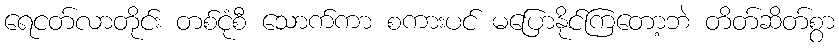
ရေငတ်လာတိုင်း တစ်ငုံစီ သောက်ကာ စကားပင် မပြောနိုင်ကြတော့ဘဲ တိတ်ဆိတ်စွာ